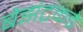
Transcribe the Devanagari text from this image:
बेझंटकडे